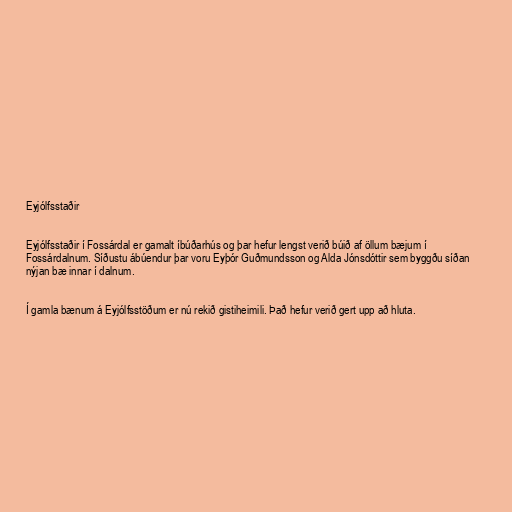
Eyjólfsstaðir

Eyjólfsstaðir í Fossárdal er gamalt íbúðarhús og þar hefur lengst verið búið af öllum bæjum í
Fossárdalnum. Síðustu ábúendur þar voru Eyþór Guðmundsson og Alda Jónsdóttir sem byggðu síðan
nýjan bæ innar í dalnum.

Í gamla bænum á Eyjólfsstöðum er nú rekið gistiheimili. Það hefur verið gert upp að hluta.